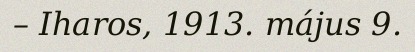
– Iharos, 1913. május 9.